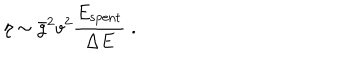
LaTeX: \eta \sim \bar { g } ^ { 2 } v ^ { 2 } \frac { E _ { \mathrm { s p e n t } } } { \Delta E } \; .